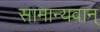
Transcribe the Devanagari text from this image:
सामान्यवान्